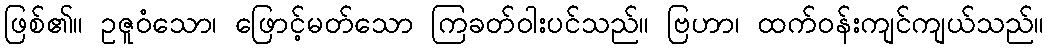
ဖြစ်၏။ ဥဇူဝံသော၊ ဖြောင့်မတ်သော ကြခတ်ဝါးပင်သည်။ ဗြဟာ၊ ထက်ဝန်းကျင်ကျယ်သည်။